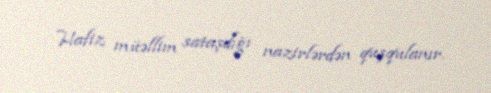
Hafiz müəllim sataşdığı nazirlərdən quşqulanır.